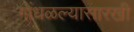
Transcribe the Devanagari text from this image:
गोंधळल्यासारखी